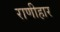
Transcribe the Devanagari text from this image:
राणीहार